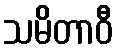
သမိတာဝီ